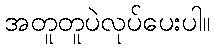
အတူတူပဲလုပ်ပေးပါ။